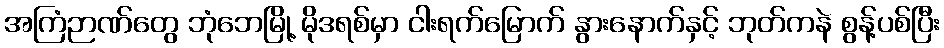
အကြံဉာဏ်တွေ ဘုံဘေမြို့ မိုဒရစ်မှာ ငါးရက်မြောက် နွားနောက်နှင့် ဘုတ်ကနဲ စွန့်ပစ်ပြီး